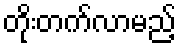
တိုးတက်လာမည့်